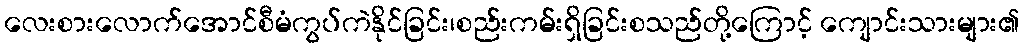
လေးစားလောက်အောင်စီမံကွပ်ကဲနိုင်ခြင်း၊စည်းကမ်းရှိခြင်းစသည်တို့ကြောင့် ကျောင်းသားများ၏